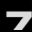
Digit: 7